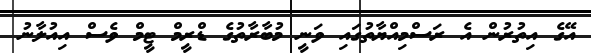
އޭގެ އިތުރުން އެ ރަސްމިއްޔާތުގައި ވަނީ މުބާރާތުގެ ޑްރީމް ޓީމް ވެސް އިއުލާނު